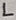
Text: L